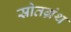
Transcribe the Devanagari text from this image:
स्रोतग्रंथ